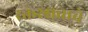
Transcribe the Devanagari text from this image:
रक्तस्रावाचे